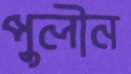
পুলীন